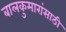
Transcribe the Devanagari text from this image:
बालकुमारांसाठी